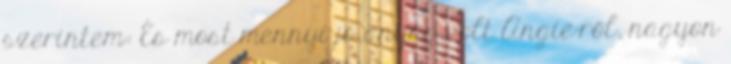
szerintem: És most mennyi jó anyag volt Angie-ről, nagyon